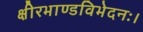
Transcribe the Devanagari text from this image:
क्षीरभाण्डविभेदनः।